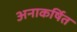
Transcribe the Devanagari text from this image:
अनाकर्षित